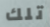
تلك